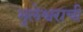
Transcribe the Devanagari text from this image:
भुलेश्वराची